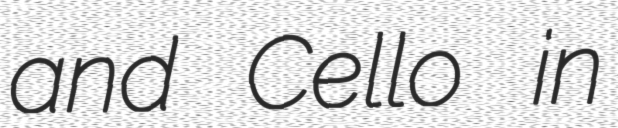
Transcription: and Cello in